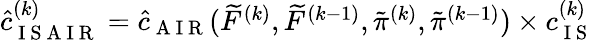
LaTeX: \begin{array}{r}{\hat{c}_{\mathrm{~I~S~A~I~R~}}^{(k)}=\hat{c}_{\mathrm{~A~I~R~}}(\widetilde{F}^{(k)},\widetilde{F}^{(k-1)},\tilde{\pi}^{(k)},\tilde{\pi}^{(k-1)})\times c_{\mathrm{~I~S~}}^{(k)}}\end{array}